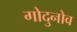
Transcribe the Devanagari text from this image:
गोदुनोव